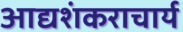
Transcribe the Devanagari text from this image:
आद्यशंकराचार्य